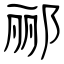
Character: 郦